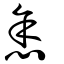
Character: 悆